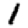
Digit: 1